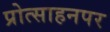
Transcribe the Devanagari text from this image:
प्रोत्साहनपर